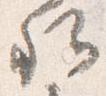
卿